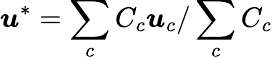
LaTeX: \boldsymbol{u}^{*}=\sum_{c}C_{c}\boldsymbol{u}_{c}/\sum_{c}C_{c}